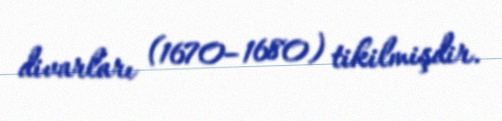
divarları (1670–1680) tikilmişdir.